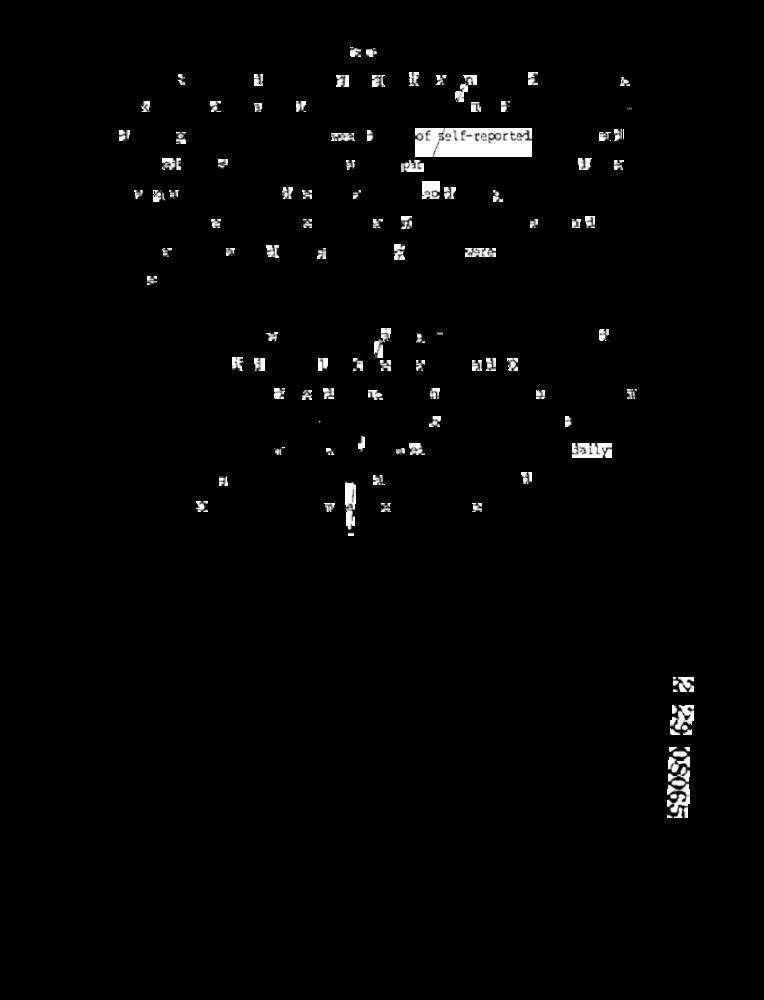
E
of self-reporter
F
IT
h
K 29 08065